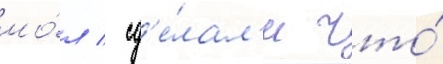
мо́л / сд'е́лал'и что́